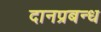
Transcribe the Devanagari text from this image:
दानप्रबन्ध